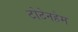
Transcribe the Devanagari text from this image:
टोटेनहेम